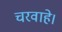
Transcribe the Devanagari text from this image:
चरवाहे।